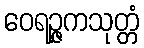
ဝေရဉ္ဇကသုတ္တံ